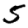
Digit: 5